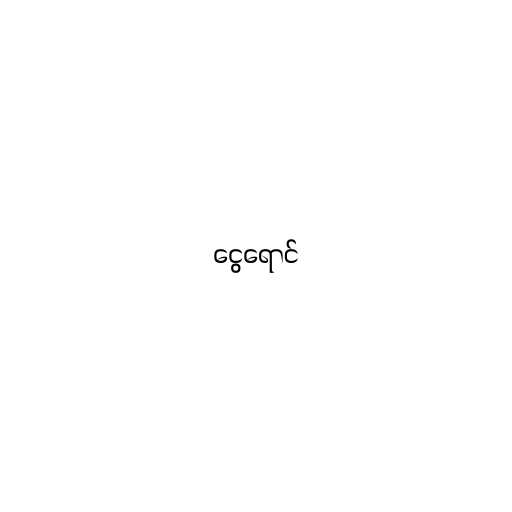
ငွေရောင်